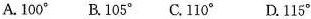
A.100^{\circ} B.105^{\circ} C.110^{\circ} D.115^{\circ}